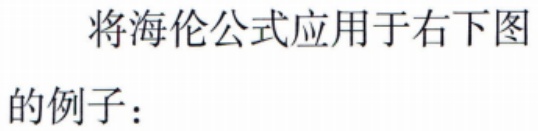
将海伦公式应用于右下图

的例子：